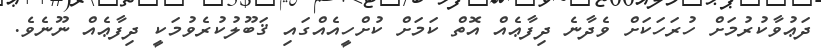
ދަޢުވާކުރުމަށް ހުރަހަކަށް ވެދާނެ ދިފާޢެއް އޮތް ކަމަށް ކުށްހީއެއްގައި ޤަބޫލުކުރެވުމަކީ ދިފާޢެއް ނޫނެވެ.